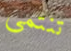
تنتمى